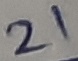
Text: 21